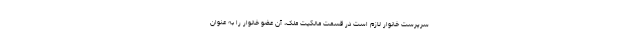
سرپرست خانوار لازم است در قسمت مالکیت ملک، آن عضو خانوار را به عنوان